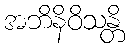
အဘိနိဝိသန္တိ